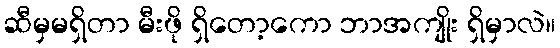
ဆီမှမရှိတာ မီးဖို ရှိတော့ကော ဘာအကျိုး ရှိမှာလဲ။